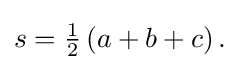
{\textstyle s={\frac {1}{2}}\left(a+b+c\right).}